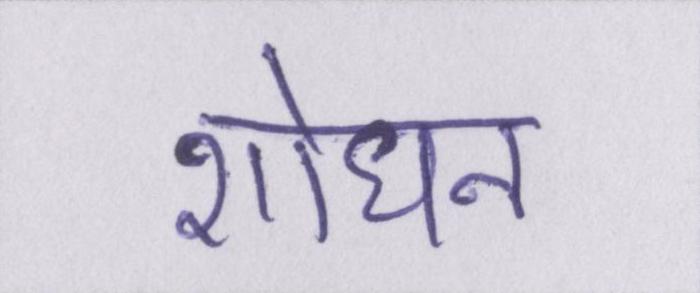
शोधन